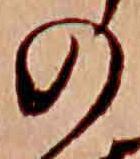
の